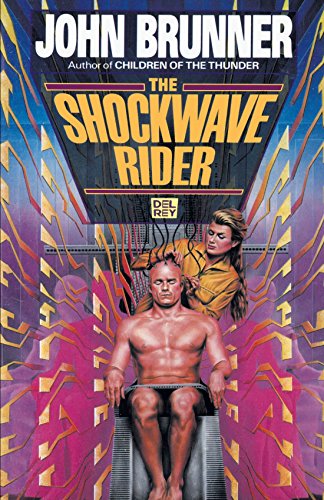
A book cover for The Shockwave Rider; John Brunner; Science Fiction & Fantasy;